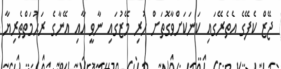
ޖޭޒް ކެފޭގެ އެތެރޭގައި ކަނަކަށްވާގޮތަށް ހުރި މޭޒުގައި ނާވީ އާއި އޭނާގެ ރަޙުމަތްތެރިޔާ